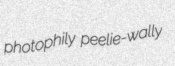
photophily peelie-wally